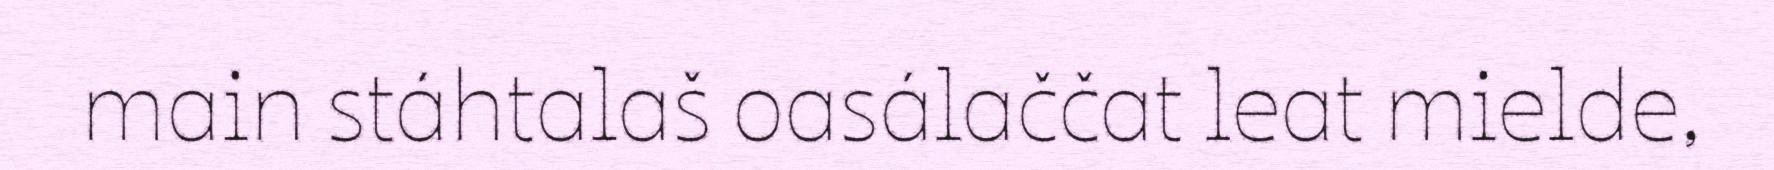
main stáhtalaš oasálaččat leat mielde,